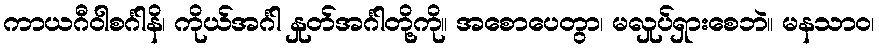
ကာယဂီဝါစင်္ဂါနိ၊ ကိုယ်အင်္ဂါ နှုတ်အင်္ဂါတို့ကို။ အစောပေတွာ၊ မလှုပ်ရှားစေဘဲ။ မနသာဝ၊